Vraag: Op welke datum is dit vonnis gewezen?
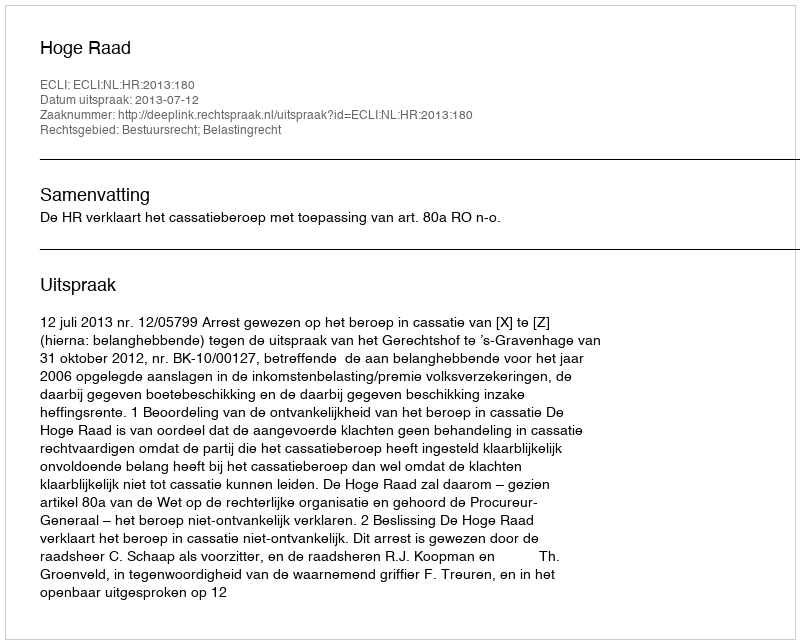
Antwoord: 2013-07-12